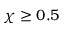
\chi \ge 0 . 5